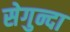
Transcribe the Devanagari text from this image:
सेगुन्दा